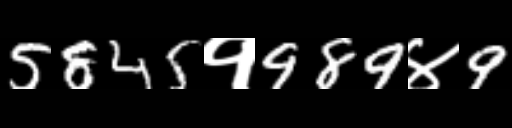
Text: 5845१989४9